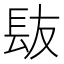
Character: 𮣹